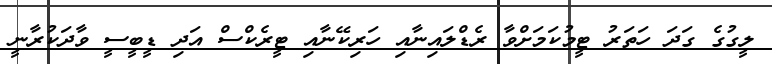
ލީގުގެ ގަދަ ހަތަރު ޓީމުކަމަށްވާ ރެޑްލައިނާއި ހަރިކޭނާއި ޓީރެކްސް އަދި ޑީބީސީ ވާދަކުރާނީ